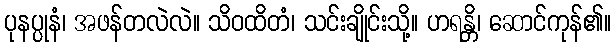
ပုနပ္ပုနံ၊ အဖန်တလဲလဲ။ သိဝထိတံ၊ သင်းချိုင်းသို့။ ဟရန္တိ၊ ဆောင်ကုန်၏။